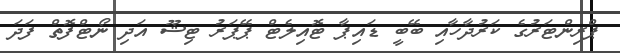
ޕްރިންޓަރުގެ ކަރުދާހާއި ބޭބީ ޑައިޕާ ޓޮއިލެޓް ޕޭޕަރު ޓިޝޫ އަދި ނޯޓްފޮތް ފަދަ